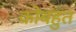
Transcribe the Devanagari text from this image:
कोबहुत